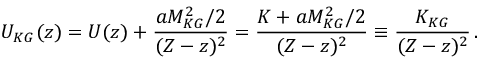
U _ { K G } ( z ) = U ( z ) + { \frac { a M _ { K G } ^ { 2 } / 2 } { ( { \cal Z } - z ) ^ { 2 } } } = { \frac { K + a M _ { K G } ^ { 2 } / 2 } { ( { \cal Z } - z ) ^ { 2 } } } \equiv { \frac { K _ { K G } } { ( { \cal Z } - z ) ^ { 2 } } } \, .